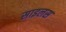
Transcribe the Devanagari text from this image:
साइलस